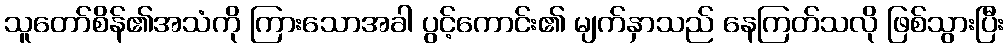
သူတော်စိန်၏အသံကို ကြားသောအခါ ပွင့်ကောင်း၏ မျက်နှာသည် နေကြတ်သလို ဖြစ်သွားပြီး